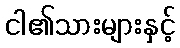
ငါ၏သားများနှင့်